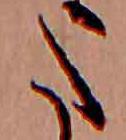
た